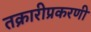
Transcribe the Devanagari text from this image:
तक्रारीप्रकरणी